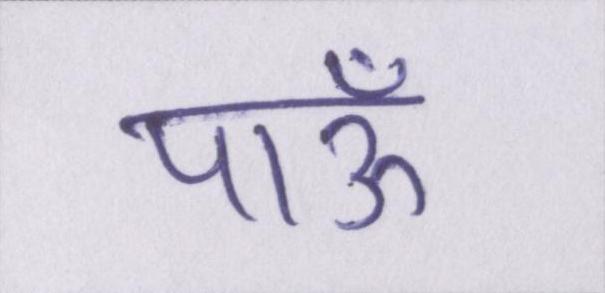
पाऊँ